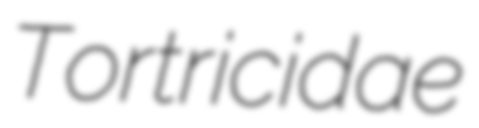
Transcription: Tortricidae